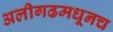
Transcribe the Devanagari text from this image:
अलीगढमधूनच